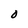
Character: O